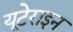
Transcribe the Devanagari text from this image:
यूटेराइन